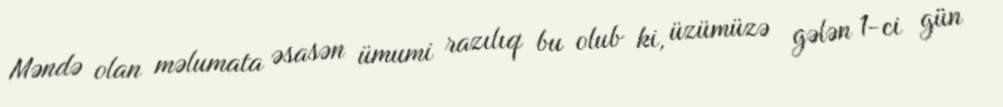
Məndə olan məlumata əsasən ümumi razılıq bu olub ki, üzümüzə gələn 1-ci gün